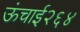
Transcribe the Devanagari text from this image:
ऊंचाई२६४